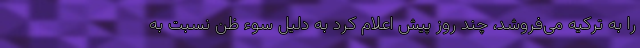
را به ترکیه می‌فروشد، چند روز پیش اعلام کرد به دلیل سوء ظن نسبت به